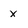
Character: x